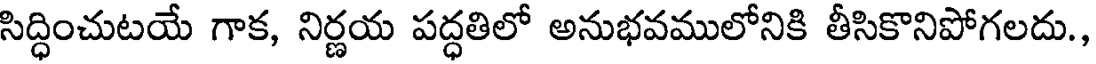
సిద్ధించుటయే గాక, నిర్ణయ పద్ధతిలో అనుభవములోనికి తీసికొనిపోగలదు.,